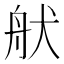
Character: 𦨚